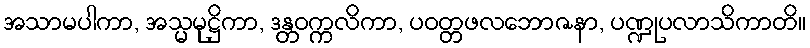
အသာမပါကာ, အသ္မမုဋ္ဌိကာ, ဒန္တဝက္ကလိကာ, ပဝတ္တဖလဘောဇနာ, ပဏ္ဍုပလာသိကာတိ။